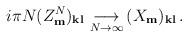
LaTeX: \begin{align*}i\pi N(Z^{N}_{\bf m})_{\bf kl}\, \mathop{\longrightarrow}_{N\rightarrow\infty}\, (X_{\bf m})_{\bf kl}\,. \end{align*}